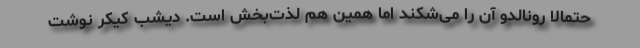
حتمالاً رونالدو آن را می‌شکند اما همین هم لذت‌بخش است. دیشب کیکر نوشت